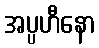
အပ္ပဟီနော